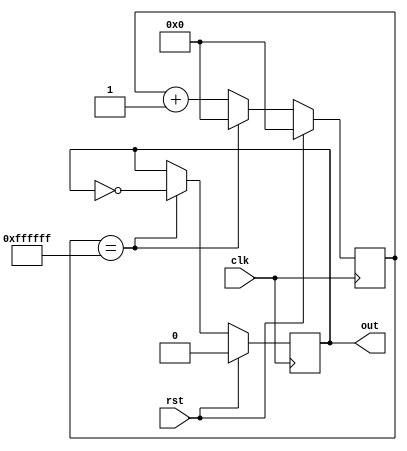
//simple counter timer to stretch my legs

module timer(
    input clk,
	input rst,
    output reg out
    );
	 
reg[23:0] counter;

always @(posedge clk) begin
    if (rst) begin
        out <= 0;
        counter <= 0;
    end    
    else begin
        if (counter == 24'hffffff) begin
        counter <= 0;
        out <= ~out;
        end
        else begin
        counter <= counter + 1;
        end
    end
end

endmodule